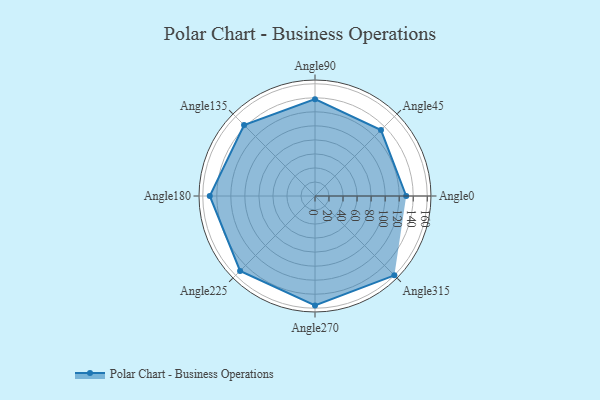
{"axis": {"x": "Angle", "y": "Radius"}, "legend": [""], "data": [{"x": "Angle0", "y": 130.0, "type": ""}, {"x": "Angle45", "y": 133.0, "type": ""}, {"x": "Angle90", "y": 138.0, "type": ""}, {"x": "Angle135", "y": 143.0, "type": ""}, {"x": "Angle180", "y": 150.0, "type": ""}, {"x": "Angle225", "y": 151.0, "type": ""}, {"x": "Angle270", "y": 156.0, "type": ""}, {"x": "Angle315", "y": 160.0, "type": ""}]}